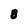
Character: 8